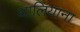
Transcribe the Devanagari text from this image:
थालियाना